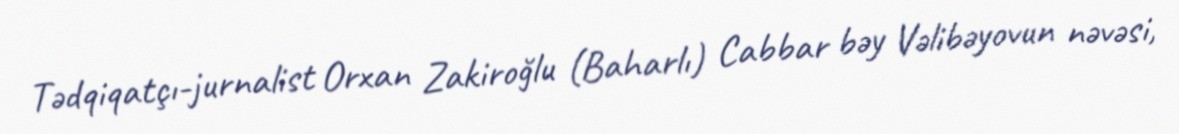
Tədqiqatçı-jurnalist Orxan Zakiroğlu (Baharlı) Cabbar bəy Vəlibəyovun nəvəsi,